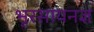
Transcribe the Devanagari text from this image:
भूरसायनज्ञ